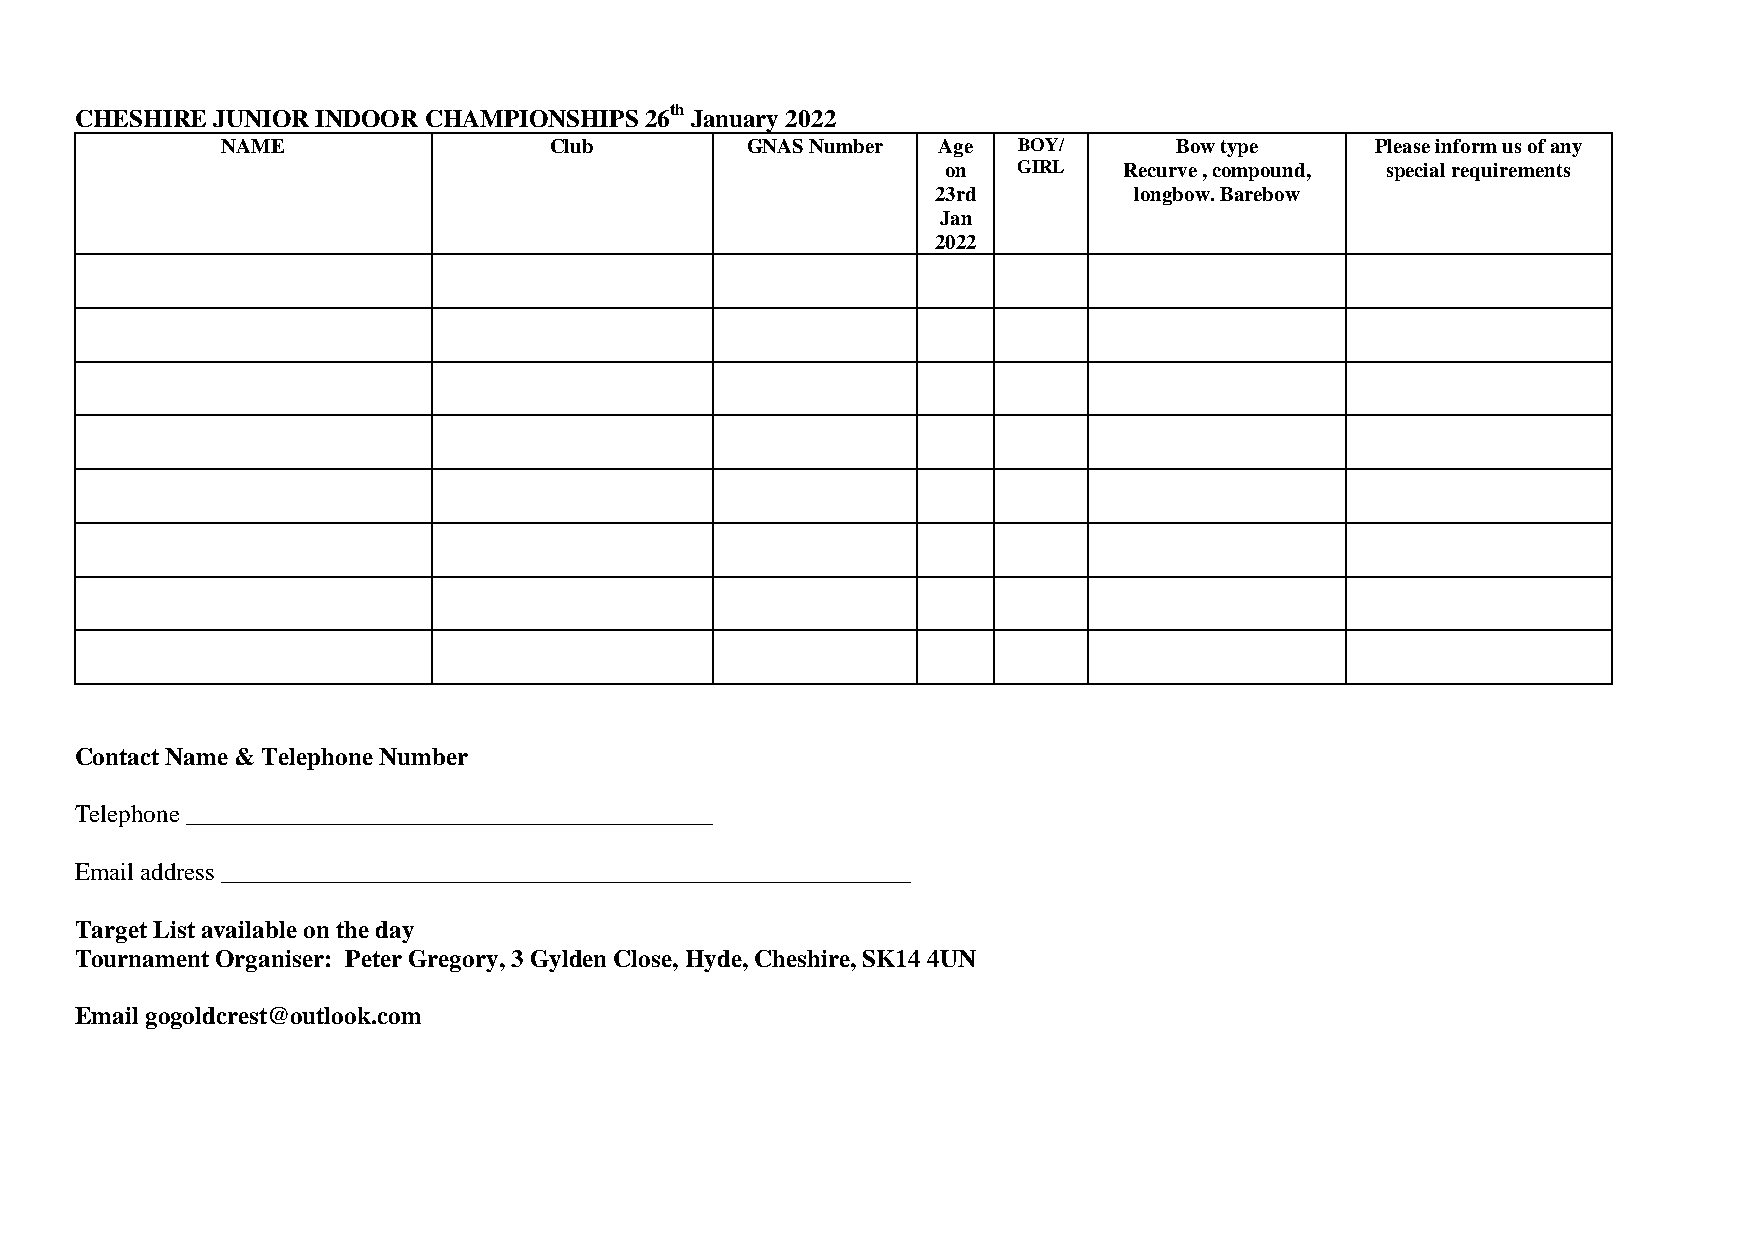
CHESHIRE JUNIOR INDOOR CHAMPIONSHIPS  26th January 2022
 NAME                 Club         GNAS Number  Age  BOY/       Bow type     Please inform us of any
 on  GIRL   Recurve , compound, special requirements
 23rd         longbow. Barebow
 Jan
 2022
 Contact Name & Telephone Number
 Telephone __________________________________________
 Email address _______________________________________________________
 Target List available on the day
 Tournament Organiser: Peter Gregory, 3 Gylden Close, Hyde, Cheshire, SK14 4UN
 Email gogoldcrest@outlook.com